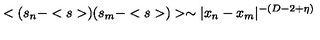
< ( s _ { n } - < s > ) ( s _ { m } - < s > ) > \sim | x _ { n } - x _ { m } | ^ { - ( D - 2 + \eta ) }